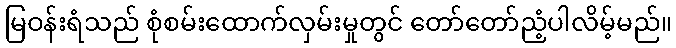
မြဝန်းရံသည် စုံစမ်းထောက်လှမ်းမှုတွင် တော်တော်ညံ့ပါလိမ့်မည်။